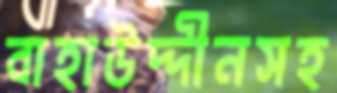
বাহাউদ্দীনসহ